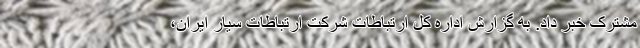
مشترک خبر داد. به گزارش اداره کل ارتباطات شرکت ارتباطات سیار ایران،